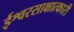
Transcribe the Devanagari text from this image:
ईश्वरसाक्षात्कारी